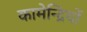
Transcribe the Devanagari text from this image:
कामेन्द्रियों